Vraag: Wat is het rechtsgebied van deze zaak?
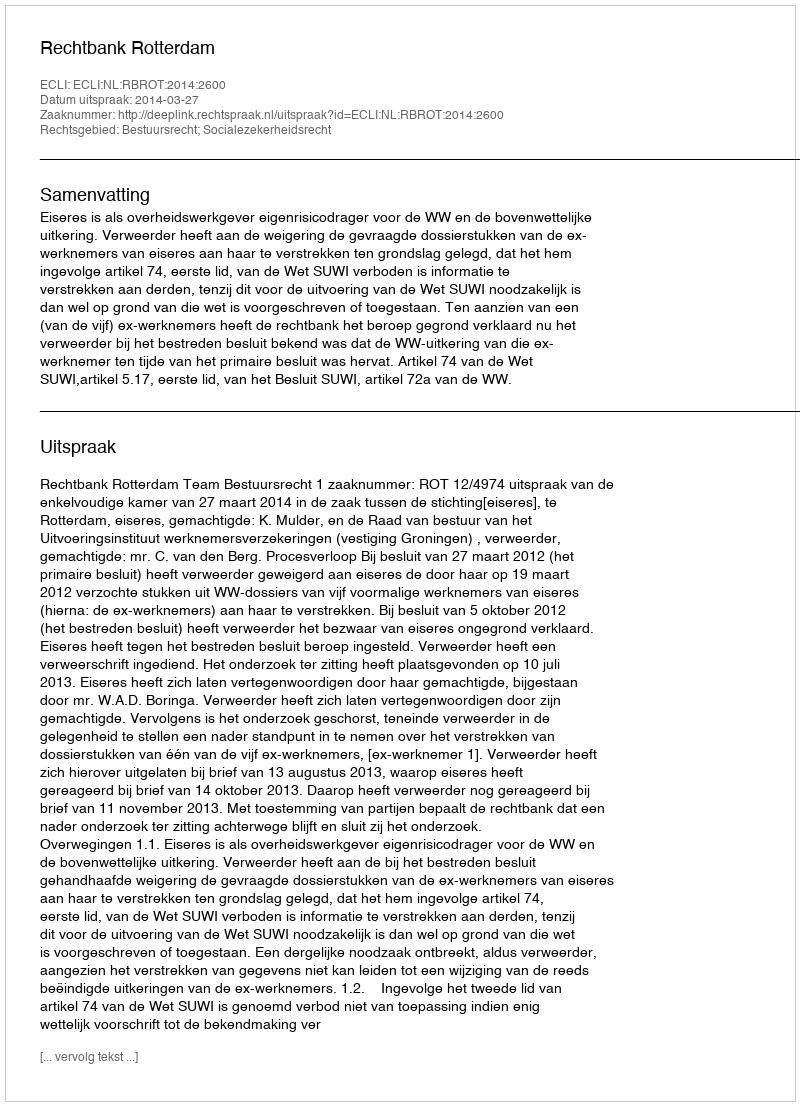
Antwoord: Bestuursrecht; Socialezekerheidsrecht